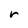
Character: r